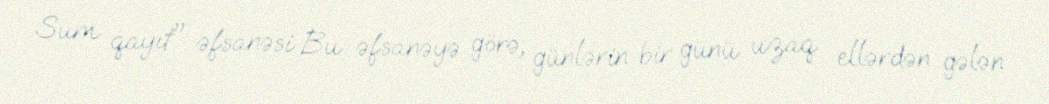
Sum qayıt" əfsanəsi Bu əfsanəyə görə, günlərin bir günü uzaq ellərdən gələn